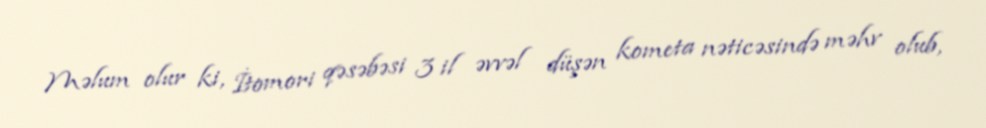
Məlum olur ki, İtomori qəsəbəsi 3 il əvvəl düşən kometa nəticəsində məhv olub,